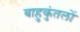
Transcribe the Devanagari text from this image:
बाहुकुंतलों